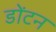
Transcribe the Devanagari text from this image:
डोंटन